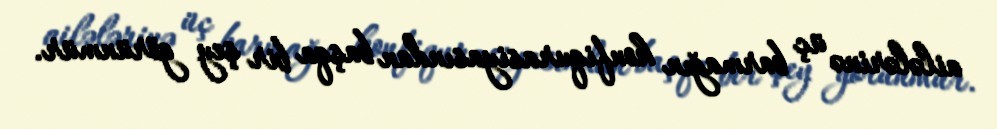
ailələrinə üç barmağın konfiqurasiyasından başqa bir şey görünmür.